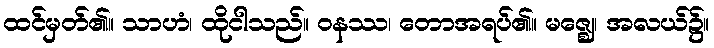
ထင်မှတ်၏။ သာဟံ၊ ထိုငါသည်။ ဝနဿ၊ တောအရပ်၏။ မဇ္ဈေ၊ အလယ်၌။